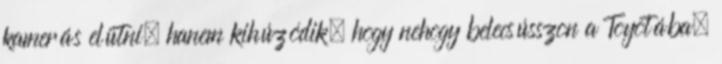
kamerás elütni, hanem kihúzódik, hogy nehogy belecsússzon a Toyotába,